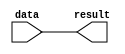
// Created by altera_lib_lpm.pl from 220model.v

//START_MODULE_NAME------------------------------------------------------------
//
// Module Name     :  lpm_or
//
// Description     :  Parameterized OR gate megafunction. This megafunction takes in
//                    data inputs for a number of OR gates.
//
// Limitation      :  n/a
//
// Results expected:  Each result[] bit is the result of each OR gate.
//
//END_MODULE_NAME--------------------------------------------------------------

// BEGINNING OF MODULE
`timescale 1 ps / 1 ps

// MODULE DECLARATION
/*verilator lint_off CASEX*/
/*verilator lint_off COMBDLY*/
/*verilator lint_off INITIALDLY*/
/*verilator lint_off LITENDIAN*/
/*verilator lint_off MULTIDRIVEN*/
/*verilator lint_off UNOPTFLAT*/
/*verilator lint_off BLKANDNBLK*/
module lpm_or (
    data,  // Data input to the OR gates. (Required)
    result // Result of OR operators. (Required)
);

// GLOBAL PARAMETER DECLARATION
    // Width of the data[] and result[] ports. Number of OR gates. (Required)
    parameter lpm_width = 1;
    // Number of inputs to each OR gate. Number of input buses. (Required)
    parameter lpm_size = 1;
    parameter lpm_type = "lpm_or";
    parameter lpm_hint  = "UNUSED";

// INPUT PORT DECLARATION
    input  [(lpm_size * lpm_width)-1:0] data;

// OUTPUT PORT DECLARATION
    output [lpm_width-1:0] result;

// INTERNAL REGISTER/SIGNAL DECLARATION
    reg    [lpm_width-1:0] result_tmp;

// LOCAL INTEGER DECLARATION
    integer i;
    integer j;
    integer k;

// INITIAL CONSTRUCT BLOCK
    initial
    begin
        if (lpm_width <= 0)
        begin
            $display("Value of lpm_width parameter must be greater than 0 (ERROR)");
            $display("Time: %0t  Instance: %m", $time);
            $finish;
        end

        if (lpm_size <= 0)
        begin
            $display("Value of lpm_size parameter must be greater than 0 (ERROR)");
            $display("Time: %0t  Instance: %m", $time);
            $finish;
        end
    end

// ALWAYS CONSTRUCT BLOCK
    always @(data)
    begin
        for (i=0; i<lpm_width; i=i+1)
        begin
            result_tmp[i] = 1'b0;
            for (j=0; j<lpm_size; j=j+1)
            begin
                k = (j * lpm_width) + i;
                result_tmp[i] = result_tmp[i] | data[k];
            end
        end
    end

// CONTINOUS ASSIGNMENT
    assign result = result_tmp;

endmodule // lpm_or